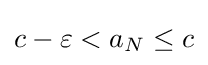
c-\varepsilon <a_{N}\leq c